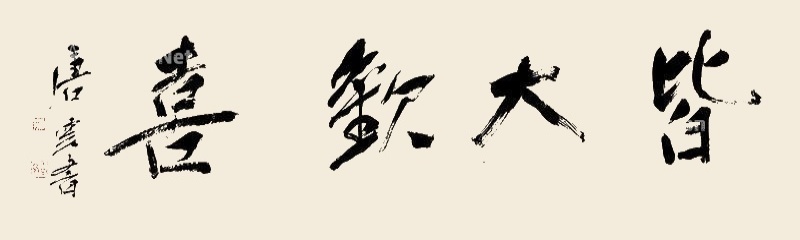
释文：皆大观喜唐云书。